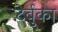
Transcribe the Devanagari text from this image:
टेर्बुका